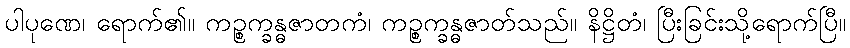
ပါပုဏေ၊ ရောက်၏။ ကဉ္စက္ခန္ဓဇာတကံ၊ ကဉ္စက္ခန္ဓဇာတ်သည်။ နိဋ္ဌိတံ၊ ပြီးခြင်းသို့ရောက်ပြီ။